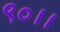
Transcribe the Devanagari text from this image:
९०।।